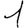
Digit: 1